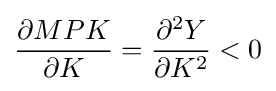
{\frac {\partial MPK}{\partial K}}={\frac {\partial ^{2}Y}{\partial K^{2}}}<0